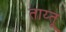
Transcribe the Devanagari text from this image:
ताय्तू